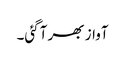
آواز بھر آگئی۔